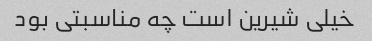
خیلی شیرین است چه مناسبتی بود